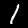
Label: 1